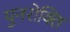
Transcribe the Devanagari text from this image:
पुनरोक्ति